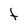
Character: t